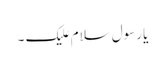
یا رسول سلام علیک ۔